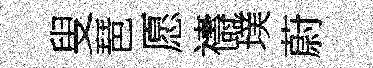
叟琶愿禱璞蔚